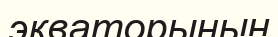
экваторының